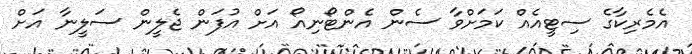
އެމެރިކާގެ ސިޓީއެއް ކަމަށްވާ ސެން އެންޓޯނިއޯ އަށް އުފަން ޖެލީން ސަލީނާ އަށް